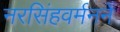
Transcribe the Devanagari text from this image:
नरसिंहवर्मनने